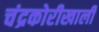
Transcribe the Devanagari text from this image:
चंद्रकोरीखाली